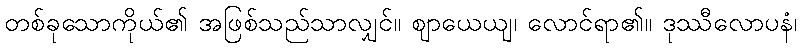
တစ်ခုသောကိုယ်၏ အဖြစ်သည်သာလျှင်။ ဈာယေယျ၊ လောင်ရာ၏။ ဒုဿီလောပနံ၊